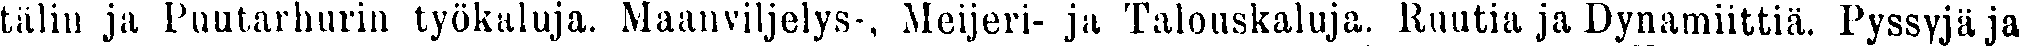
tälin ja Puutarhurin työkaluja. Maanviljelys-, Meijeri- ja Talouskaluja. Ruutia ja Dynamiittia. Pyssyjä ja